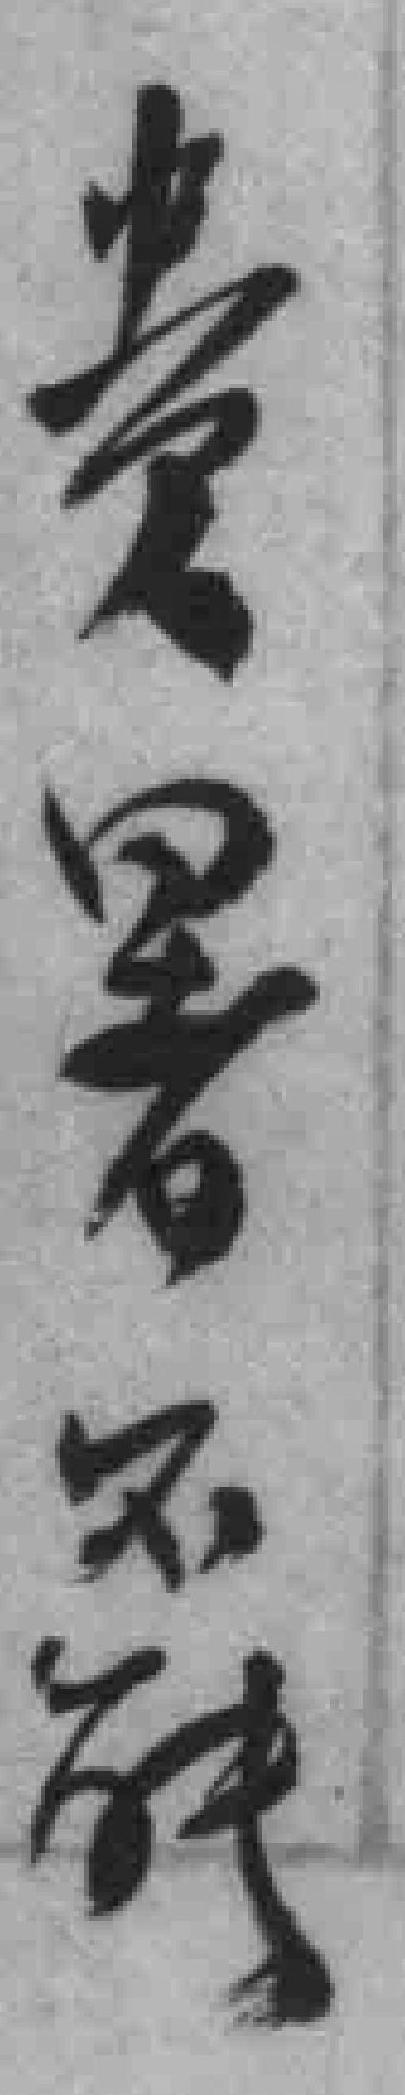
贵署不*